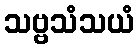
သဗ္ဗသံသယံ